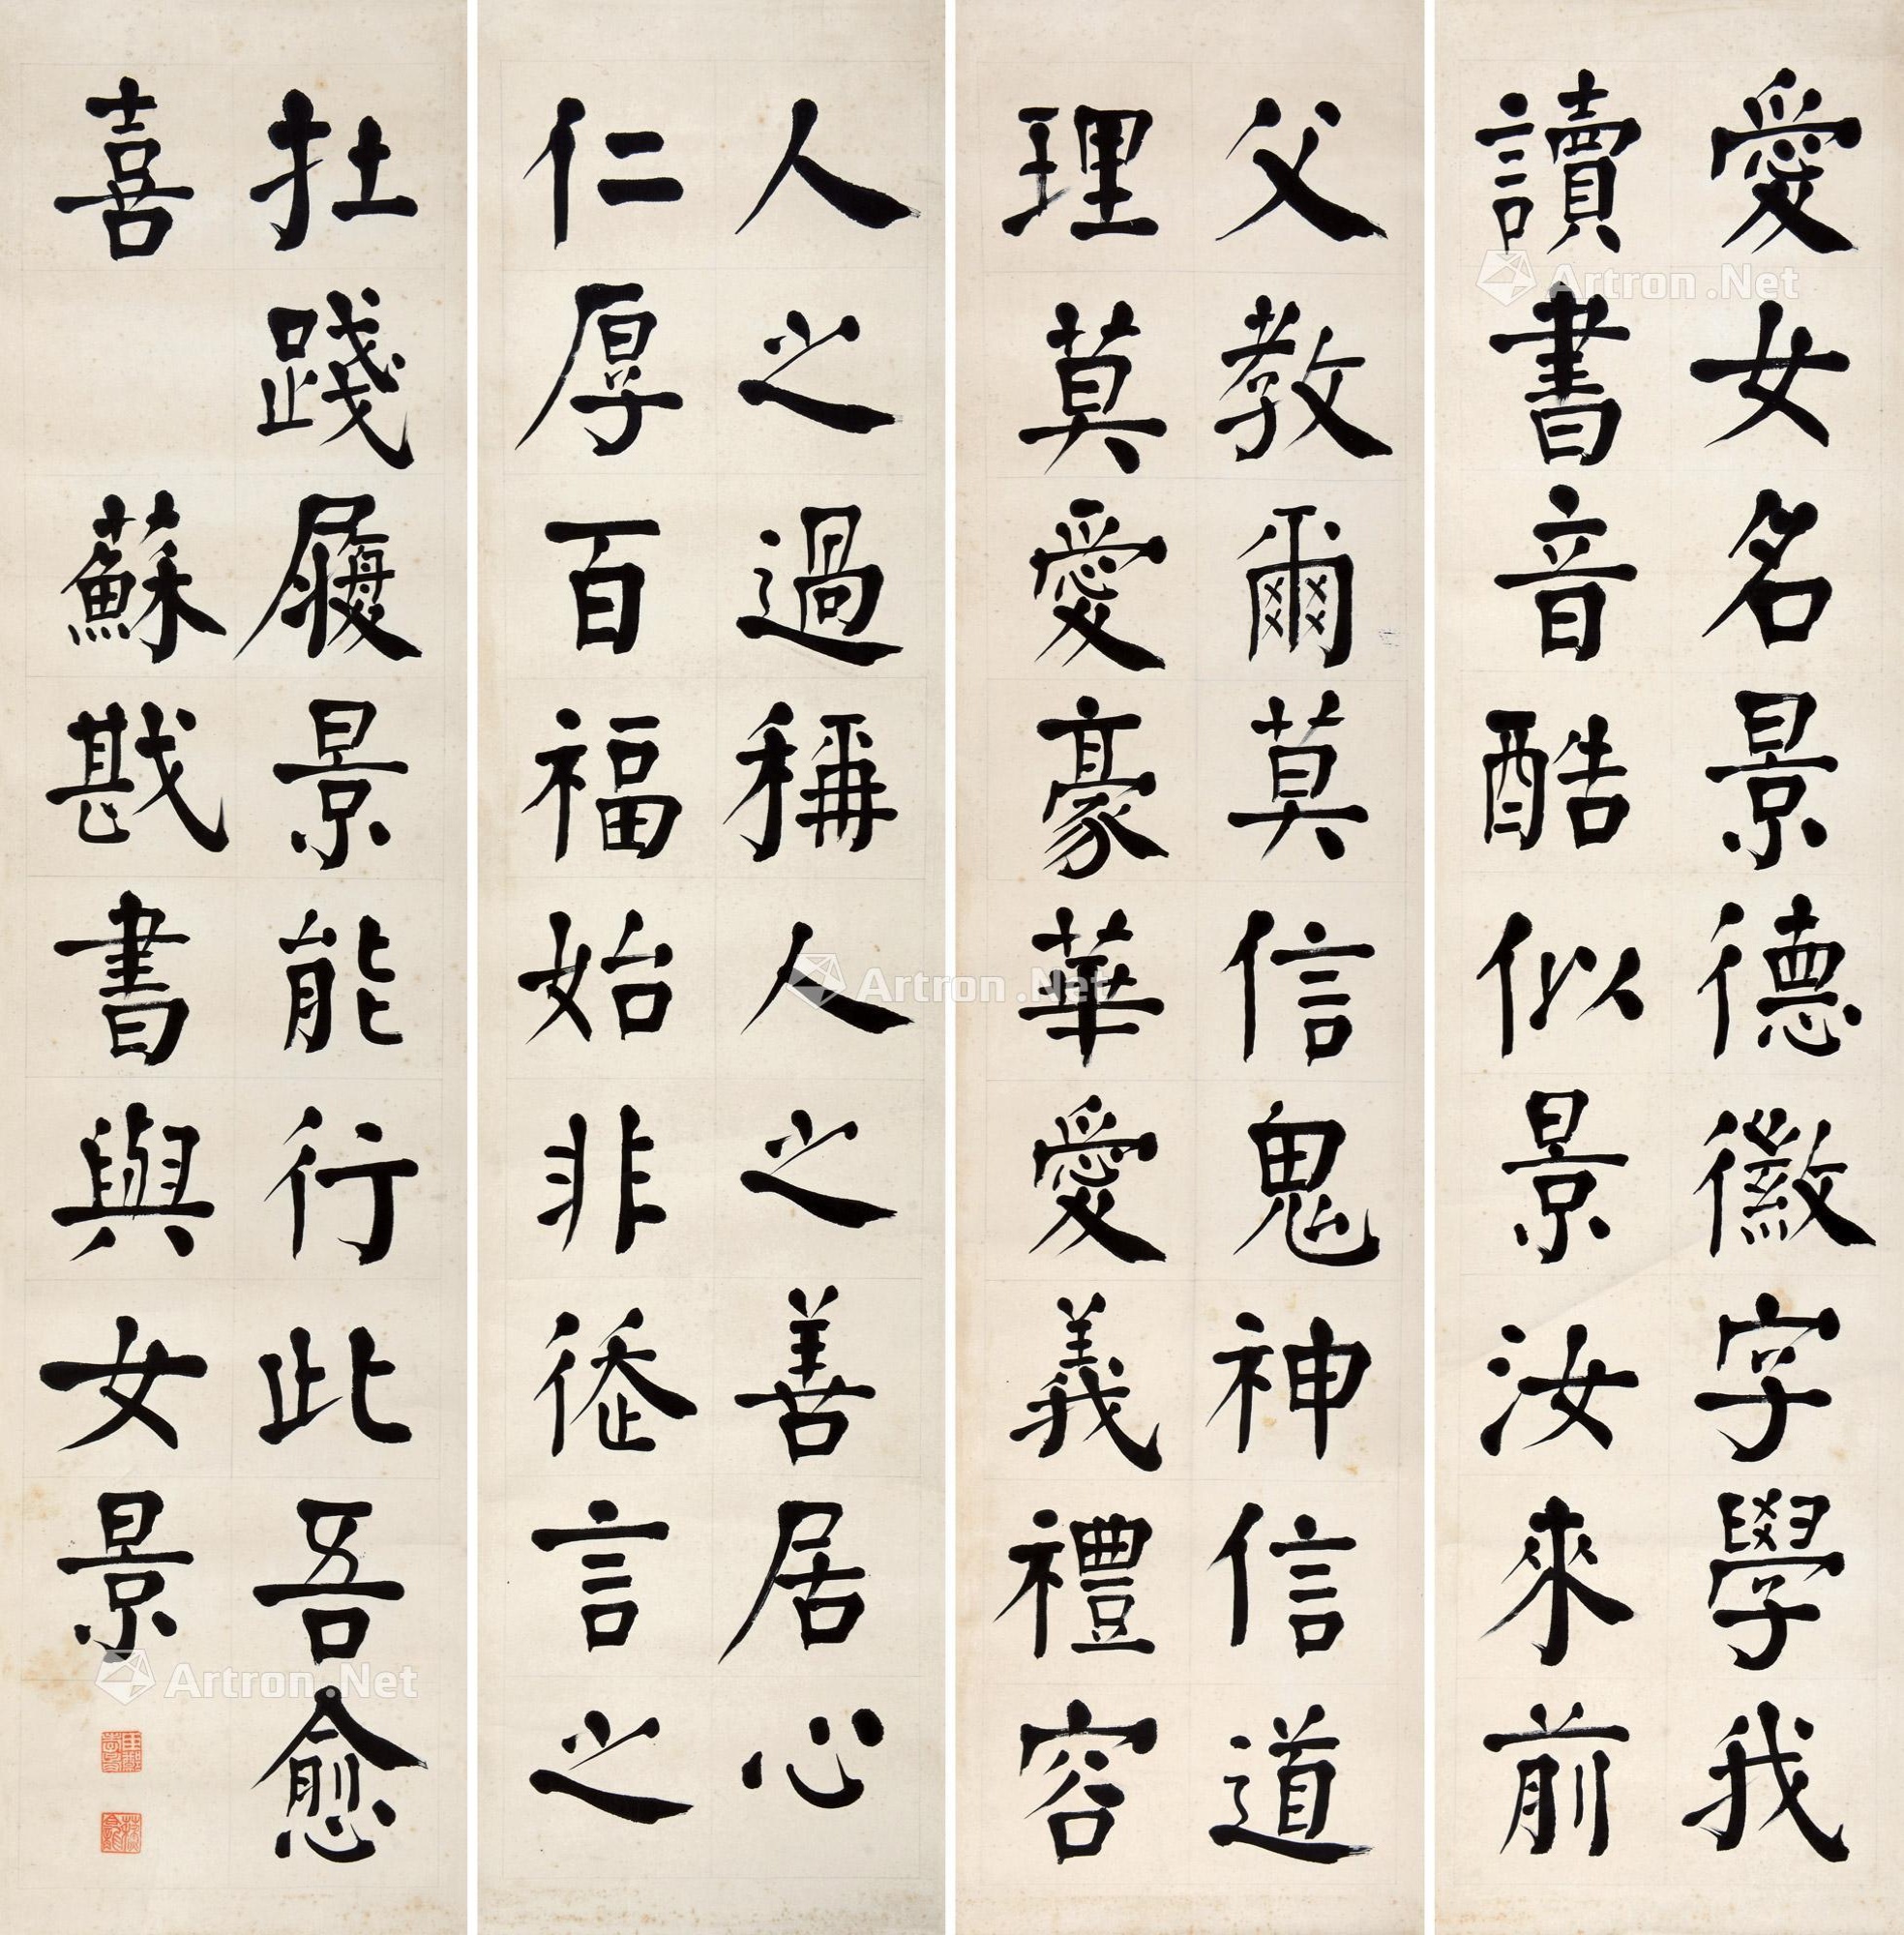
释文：爱女名景德徽字，学我读书音酷似。景汝来前父教尔：莫信鬼神信道理，莫爱豪华爱义礼。容人之过，称人之善，居心仁厚百福始。非徒言之在践履，景能行此吾愈喜。苏戡书与女景。